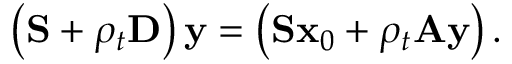
\left( \mathbf { S } + \rho _ { t } \mathbf { D } \right) \mathbf { y } = \left( \mathbf { S } \mathbf { x } _ { 0 } + \rho _ { t } \mathbf { A } \mathbf { y } \right) .